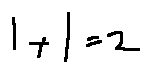
1 + 1 = 2